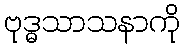
ဗုဒ္ဓသာသနာကို